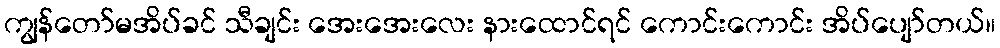
ကျွန်တော်မအိပ်ခင် သီချင်း အေးအေးလေး နားထောင်ရင် ကောင်းကောင်း အိပ်ပျော်တယ်။